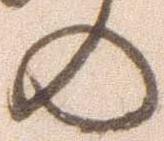
の